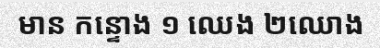
មាន កន្ទោង ១ ឈេង ២ឈោង